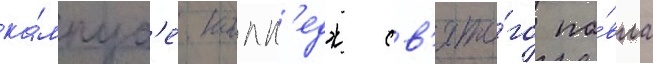
ка́мпус'е. колл'едж св'ято́го па́вла